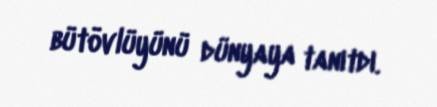
bütövlüyünü dünyaya tanıtdı.